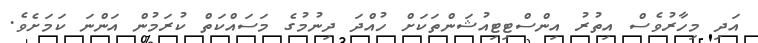
އަދި މިހާރުވެސް އިތުރު އިންސްޓިޓިއުޝަންތަކަށް ހުއްދަ ދިނުމުގެ މަސައްކަތް ކުރަމުން އަންނަ ކަމަށެވެ.